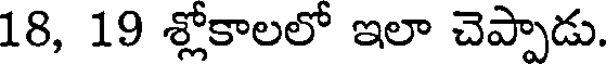
18, 19 శ్లోకాలలో ఇలా చెప్పాడు.